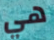
هي